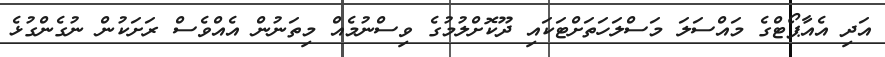
އަދި އެއާޕޯޓްގެ މައްސަލަ މަސްލަހަތަށްޓަކައި ދޫކޮށްލުމުގެ ވިސްނުމެއް މިތަނުން އެއްވެސް ރަށަކުން ނުގެންގުޅެ